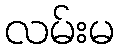
လမ်းမ